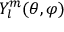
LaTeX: Y _ { l } ^ { m } ( \theta , \varphi )